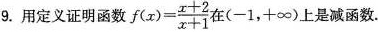
9.用定义证明函数$$f ( x ) = \frac { x + 2 } { x + 1 }$$在(-1，+∞)上是减函数.